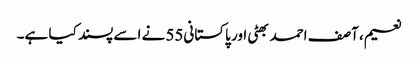
نعیم، آصف احمد بھٹی اور پاکستانی55 نے اسے پسند کیا ہے۔